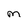
Character: M